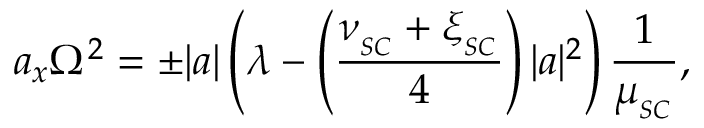
a _ { x } \Omega ^ { 2 } = \pm | a | \left( \lambda - \left( \frac { \nu _ { _ { S C } } + \xi _ { _ { S C } } } { 4 } \right) | a | ^ { 2 } \right) \frac { 1 } { \mu _ { _ { S C } } } ,